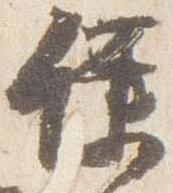
僕